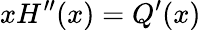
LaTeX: x{H}^{\prime\prime}(x)={Q}^{\prime}(x)